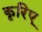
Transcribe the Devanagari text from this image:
कृरिए